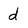
Character: d